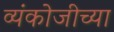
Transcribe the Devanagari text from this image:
व्यंकोजीच्या